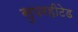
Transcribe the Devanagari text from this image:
सुपरहीटेड